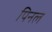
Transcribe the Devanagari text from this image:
पिनल